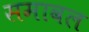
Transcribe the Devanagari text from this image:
समावल